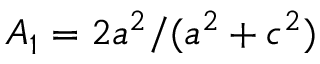
A _ { 1 } = 2 a ^ { 2 } / ( a ^ { 2 } + c ^ { 2 } )